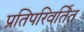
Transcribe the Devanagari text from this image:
प्रतिपरिवर्तित